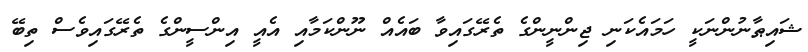
ޝައިޠާނުންނަކީ ހަމައެކަނި ޖިންނީންގެ ތެރޭގައިވާ ބައެއް ނޫންކަމާއި އެއީ އިންސީންގެ ތެރޭގައިވެސް ތިބޭ